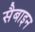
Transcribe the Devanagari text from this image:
सैबाइन